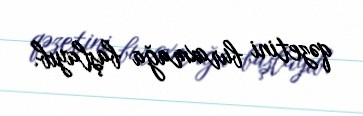
qəzetini buraxmağa başlayıb.